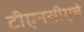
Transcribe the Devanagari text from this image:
टीएनसीएचे